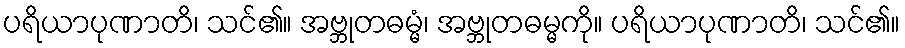
ပရိယာပုဏာတိ၊ သင်၏။ အဗ္ဘုတဓမ္မံ၊ အဗ္ဘုတဓမ္မကို။ ပရိယာပုဏာတိ၊ သင်၏။